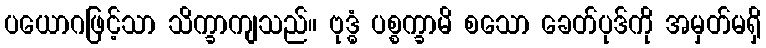
ပယောဂဖြင့်သာ သိက္ခာကျသည်။ ဗုဒ္ဓံ ပစ္စက္ခာမိ စသော ခေတ်ပုဒ်ကို အမှတ်မရှိ